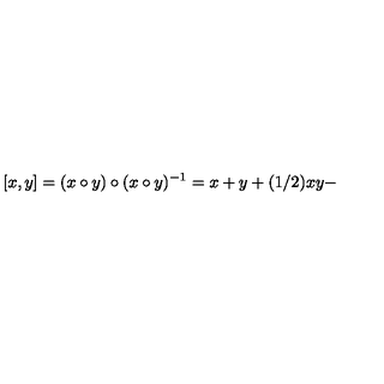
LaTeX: [ x , y ] = ( x \circ y ) \circ ( x \circ y ) ^ { - 1 } = x + y + ( 1 / 2 ) x y -